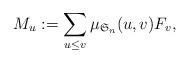
LaTeX: \begin{align*} M_{u}:=\sum_{u\leq v}\mu_{\mathfrak{S}_n}(u,v)F_{v},\end{align*}